Document type: Sale
Year: 1275
Scribe: Salvador de Baiona
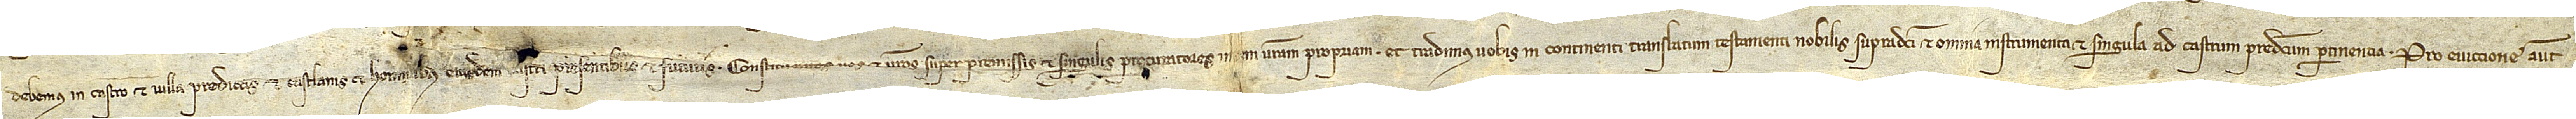
debemus in castro et villa predictis et castlanis et hominibus eiusdem castri, presentibus et futuris. Cons[tituentes vos] et vestros super premissis et singulis procuratores in [re]m vestram propriam et tradimus vobis in continenti translatum testamenti nobilis supradicti et omnia instrumenta et singula ad castrum predictum pertinentia. Pro eviccione autem